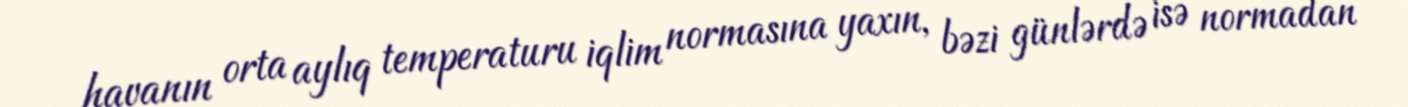
havanın orta aylıq temperaturu iqlim normasına yaxın, bəzi günlərdə isə normadan